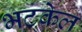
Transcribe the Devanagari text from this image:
भटकेल